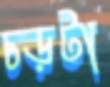
চড়টা